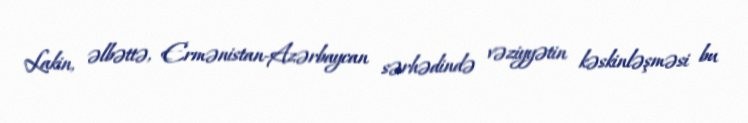
Lakin, əlbəttə, Ermənistan-Azərbaycan sərhədində vəziyyətin kəskinləşməsi bu